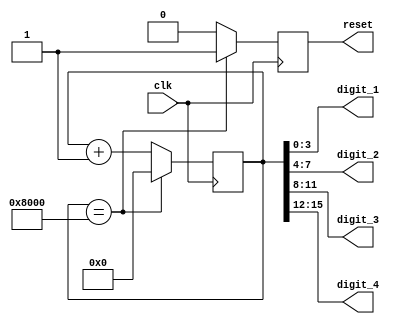
module binary_clock_divider(
    input wire clk,
    output wire [3:0] digit_1,
    output wire [3:0] digit_2,
    output wire [3:0] digit_3,
    output wire [3:0] digit_4,
    output reg reset
);

reg [15:0] count;
parameter CLOCK_RATIO = 16'h8000; //Define clock division ratio

always @(posedge clk) begin
    if(count == CLOCK_RATIO) begin
        count <= 0;
        reset <= 1;
    end else begin
        count <= count + 1;
        reset <= 0;
    end
end

assign digit_1 = count[3:0];
assign digit_2 = count[7:4];
assign digit_3 = count[11:8];
assign digit_4 = count[15:12];

endmodule